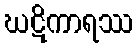
ဃဋိကာရဿ